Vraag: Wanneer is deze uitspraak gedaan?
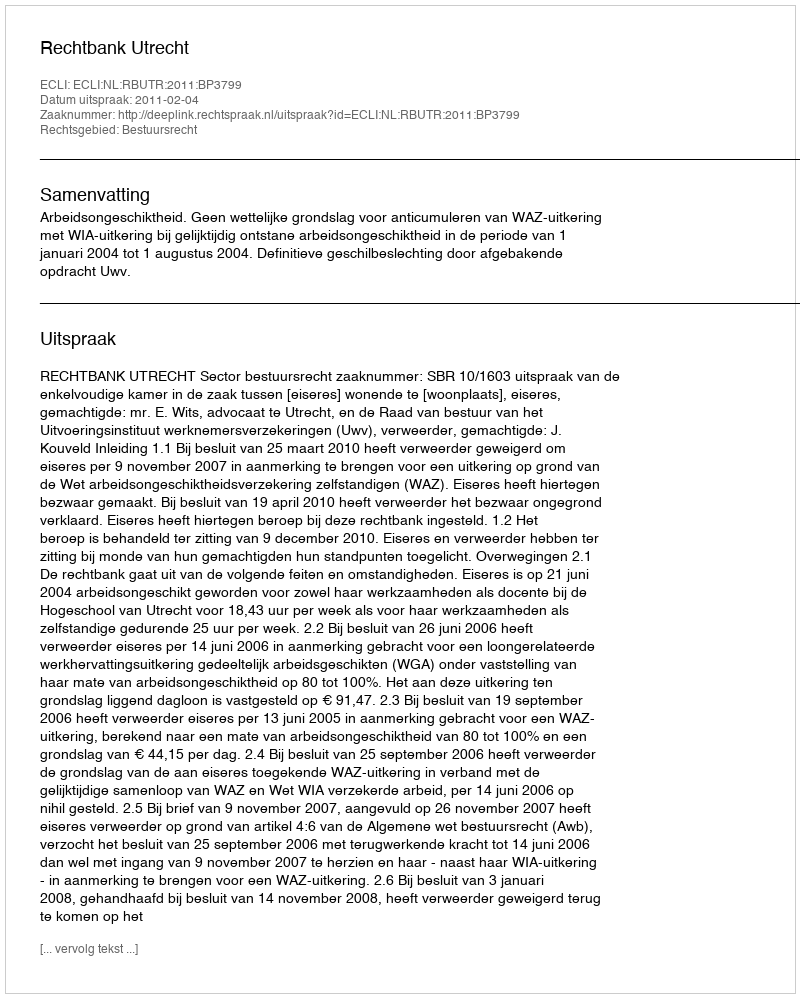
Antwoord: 2011-02-04